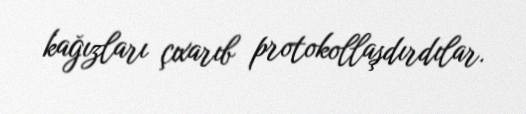
kağızları çıxarıb protokollaşdırdılar.